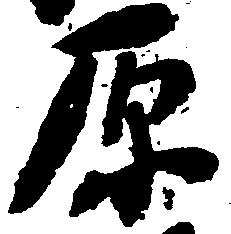
原